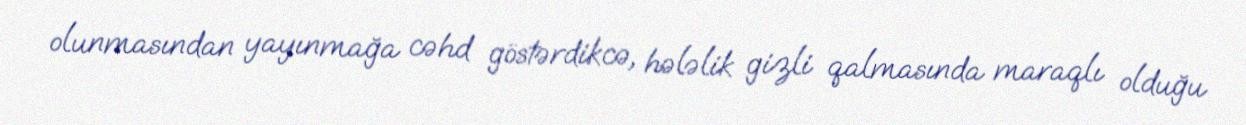
olunmasından yayınmağa cəhd göstərdikcə, hələlik gizli qalmasında maraqlı olduğu